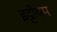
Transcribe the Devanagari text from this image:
इट्टीयम